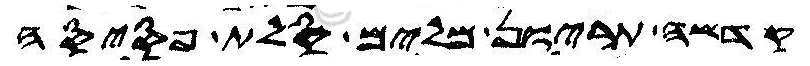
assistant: קדשה תריון מלים סלת פסיסה